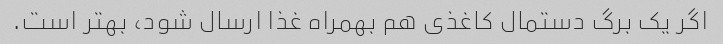
اگر یک برگ دستمال کاغذی هم بهمراه غذا ارسال شود، بهتر است.